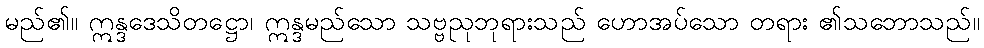
မည်၏။ ဣန္ဒဒေသိတဋ္ဌော၊ ဣန္ဒမည်သော သဗ္ဗညုဘုရားသည် ဟောအပ်သော တရား ၏သဘောသည်။